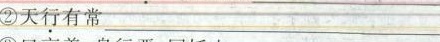
②天\underset{·}{行}有常___